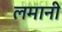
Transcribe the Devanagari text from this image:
लमानी